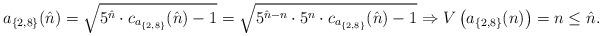
LaTeX: \begin{align*} a_{\{2,8\}}(\hat{n})=\sqrt{5^{\hat{n}} \cdot c_{a_{\{2,8\}}}(\hat{n})-1}=\sqrt{5^{\hat{n}-n} \cdot 5^n \cdot c_{a_{\{2,8\}}}(\hat{n})-1} \Rightarrow V\left(a_{\{2,8\}}(n)\right) = n \leq \hat{n}.\end{align*}